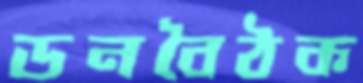
ডনবৈঠক